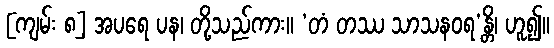
[ကျမ်း ၈] အပရေ ပန၊ တို့သည်ကား။ ‘တံ တဿ သာသနဝရ’န္တိ၊ ဟူ၍။